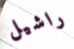
راشيل